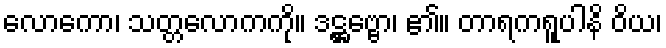
လောကော၊ သတ္တလောကကို။ ဒဋ္ဌဗ္ဗော၊ ၏။ တာရကရူပါနိ ဝိယ၊